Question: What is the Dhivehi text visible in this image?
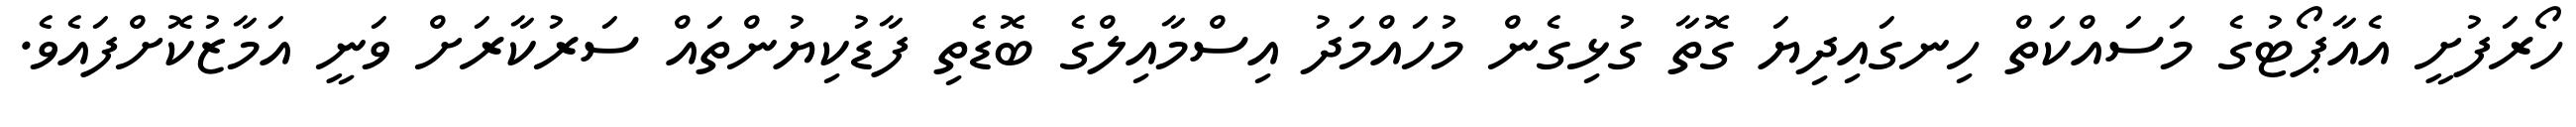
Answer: ހޯރަފުށީ އެއާޕޯޓުގެ މަސައްކަތް ހިނގައިދިޔަ ގޮތާ ގުޅިގެން މުހައްމަދު އިސްމާއިލްގެ ބޮޑެތި ފާޑުކިޔުންތައް ސަރުކާރަށް ވަނީ އަމާޒުކޮށްފައެވެ.